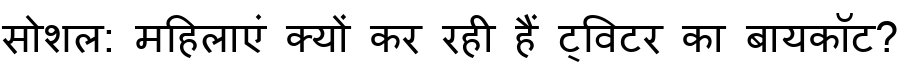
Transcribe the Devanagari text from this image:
सोशल: महिलाएं क्यों कर रही हैं ट्विटर का बायकॉट?